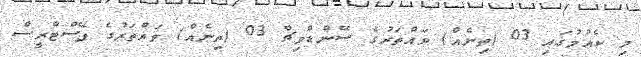
މި ކެއުމުގައި 03 (ތިނެއް) ވައްތަރުގެ ސޭންޑްވިޗް 03 (ތިނެއް) ވައްތަރުގެ ޕޭސްޓްރީސް